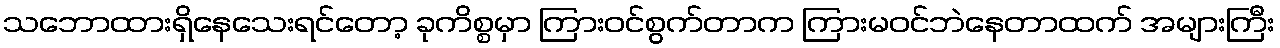
သဘောထားရှိနေသေးရင်တော့ ခုကိစ္စမှာ ကြားဝင်စွက်တာက ကြားမဝင်ဘဲနေတာထက် အများကြီး